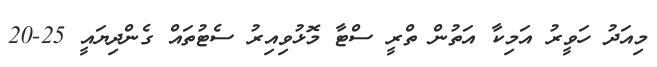
މިއަދު ހަވީރު އަމިކާ އަތުން ތްރީ ސްޓާ މޮޅުވިއިރު ސެޓުތައް ގެންދިޔައީ 25-20